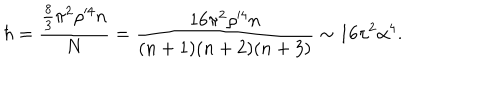
LaTeX: \hbar = \frac { \frac { 8 } { 3 } \pi ^ { 2 } \rho ^ { \prime 4 } n } { N } = \frac { 1 6 \pi ^ { 2 } \rho ^ { \prime 4 } n } { ( n + 1 ) ( n + 2 ) ( n + 3 ) } \sim 1 6 \pi ^ { 2 } \alpha ^ { 4 } .